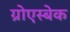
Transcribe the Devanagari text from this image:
ग्रोएस्बेक